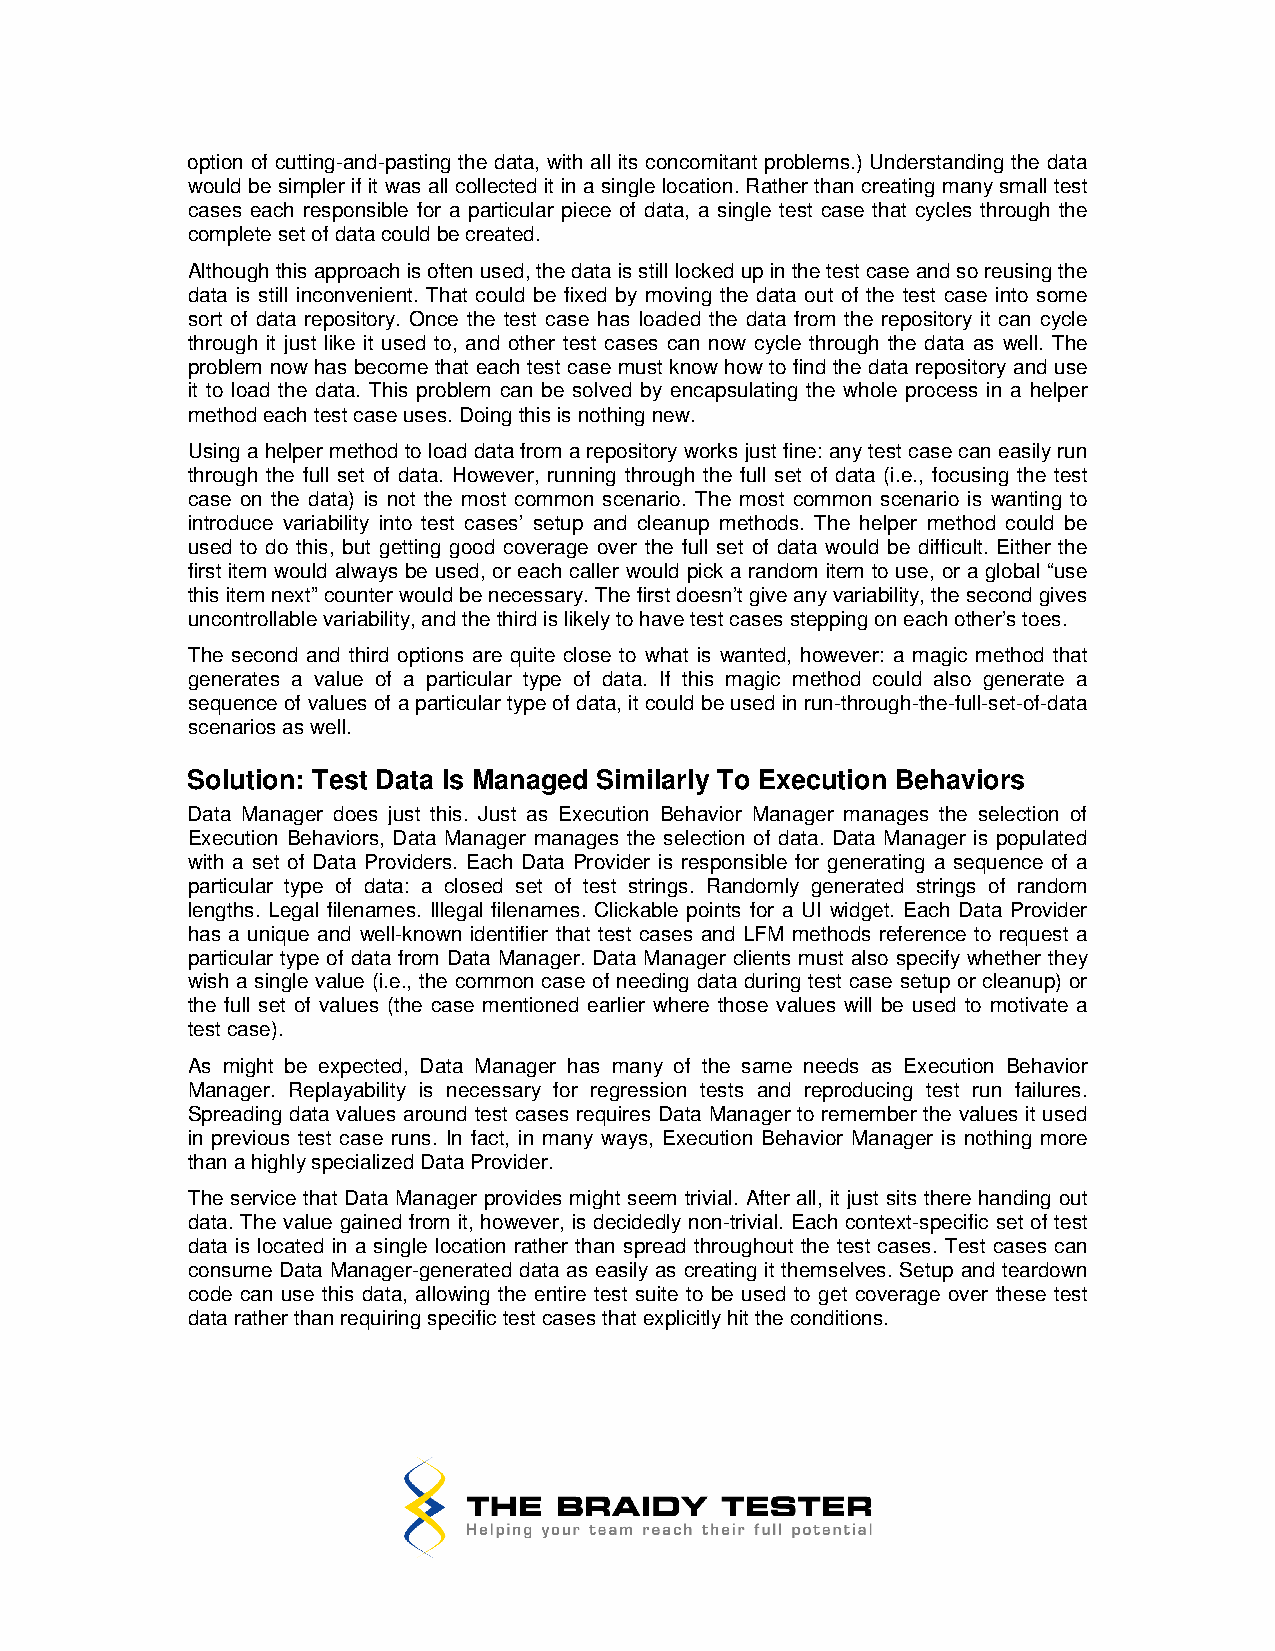
option of cutting-and-pasting the data, with all its concomitant problems.) Understanding the data
 would be simpler if it was all collected it in a single location. Rather than creating many small test
 cases each responsible for a particular piece of data, a single test case that cycles through the
 complete set of data could be created.
 Although this approach is often used, the data is still locked up in the test case and so reusing the
 data is still inconvenient. That could be fixed by moving the data out of the test case into some
 sort of data repository. Once the test case has loaded the data from the repository it can cycle
 through it just like it used to, and other test cases can now cycle through the data as well. The
 problem now has become that each test case must know how to find the data repository and use
 it to load the data. This problem can be solved by encapsulating the whole process in a helper
 method each test case uses. Doing this is nothing new.
 Using a helper method to load data from a repository works just fine: any test case can easily run
 through the full set of data. However, running through the full set of data (i.e., focusing the test
 case on the data) is not the most common scenario. The most common scenario is wanting to
 introduce variability into test cases’ setup and cleanup methods. The helper method could be
 used to do this, but getting good coverage over the full set of data would be difficult. Either the
 first item would always be used, or each caller would pick a random item to use, or a global “use
 this item next” counter would be necessary. The first doesn’t give any variability, the second gives
 uncontrollable variability, and the third is likely to have test cases stepping on each other’s toes.
 The second and third options are quite close to what is wanted, however: a magic method that
 generates a value of a particular type of data. If this magic method could also generate a
 sequence of values of a particular type of data, it could be used in run-through-the-full-set-of-data
 scenarios as well.
 Solution: Test Data Is Managed Similarly To Execution Behaviors
 Data Manager does just this. Just as Execution Behavior Manager manages the selection of
 Execution Behaviors, Data Manager manages the selection of data. Data Manager is populated
 with a set of Data Providers. Each Data Provider is responsible for generating a sequence of a
 particular type of data: a closed set of test strings. Randomly generated strings of random
 lengths. Legal filenames. Illegal filenames. Clickable points for a UI widget. Each Data Provider
 has a unique and well-known identifier that test cases and LFM methods reference to request a
 particular type of data from Data Manager. Data Manager clients must also specify whether they
 wish a single value (i.e., the common case of needing data during test case setup or cleanup) or
 the full set of values (the case mentioned earlier where those values will be used to motivate a
 test case).
 As might be expected, Data Manager has many of the same needs as Execution Behavior
 Manager. Replayability is necessary for regression tests and reproducing test run failures.
 Spreading data values around test cases requires Data Manager to remember the values it used
 in previous test case runs. In fact, in many ways, Execution Behavior Manager is nothing more
 than a highly specialized Data Provider.
 The service that Data Manager provides might seem trivial. After all, it just sits there handing out
 data. The value gained from it, however, is decidedly non-trivial. Each context-specific set of test
 data is located in a single location rather than spread throughout the test cases. Test cases can
 consume Data Manager-generated data as easily as creating it themselves. Setup and teardown
 code can use this data, allowing the entire test suite to be used to get coverage over these test
 data rather than requiring specific test cases that explicitly hit the conditions.